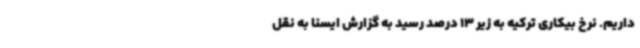
داریم. نرخ بیکاری ترکیه به زیر 13 درصد رسید به گزارش ایسنا به نقل